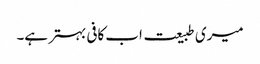
میری طبیعت اب کافی بہتر ہے۔